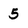
Character: 5